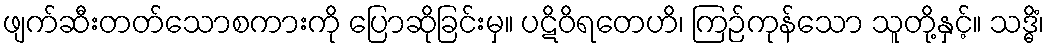
ဖျက်ဆီးတတ်သောစကားကို ပြောဆိုခြင်းမှ။ ပဋိဝိရတေဟိ၊ ကြဉ်ကုန်သော သူတို့နှင့်။ သဒ္ဓိံ၊